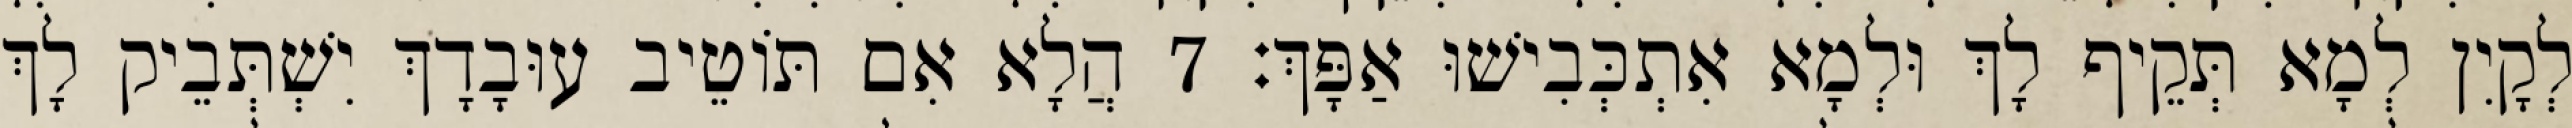
לְקָיִן לְמָא תְּקֵיף לָךְ וּלְמָא אִתְכְּבִישׁוּ אַפָּךְ׃ 7 הֲלָא אִם תּוֹטֵיב עוּבָדָךְ יִשְׁתְּבֵיק לָךְ